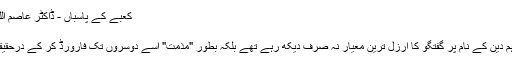
کعبے کے پاسباں - ڈاکٹر عاصم اللہ بخش - Daleel.Pk
1,760 مرتبہ پڑھا
ابھی چند روز قبل جب ہم دین کے نام پر گفتگو کا ارزل ترین معیار نہ صرف دیکھ رہے تھے بلکہ بطور "مذمت" اسے دوسروں تک فارورڈ کر کے درحقیقت لطف لے رہے تھے۔